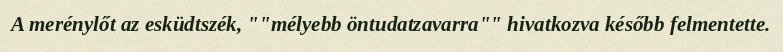
A merénylőt az esküdtszék, ""mélyebb öntudatzavarra"" hivatkozva később felmentette.